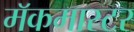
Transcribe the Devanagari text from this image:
मॅकमास्टर